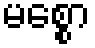
မစ္စော